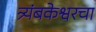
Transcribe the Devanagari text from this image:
त्र्यंबकेश्वरचा